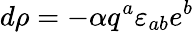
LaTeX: d\rho=-{\alpha}q^{a}\varepsilon_{ab}e^{b}